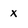
Character: x